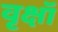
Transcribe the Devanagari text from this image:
वृक्षॉ